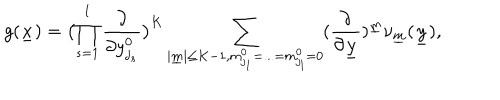
LaTeX: g ( \underline { { { x } } } ) = \bigl ( \prod _ { s = 1 } ^ { l } \frac { \partial } { \partial y _ { j _ { s } } ^ { 0 } } \bigr ) ^ { K } \sum _ { | \underline { { { m } } } | \leq K - 1 , m _ { j _ { 1 } } ^ { 0 } = . . . = m _ { j _ { l } } ^ { 0 } = 0 } ( \frac { \partial } { \partial \underline { { { y } } } } ) ^ { \underline { { { m } } } } \nu _ { \underline { { { m } } } } ( \underline { { { y } } } ) ,